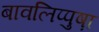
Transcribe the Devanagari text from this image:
बावलिप्पुष़ा